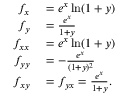
\begin{array} { r l } { f _ { x } } & { { } = e ^ { x } \ln ( 1 + y ) } \\ { f _ { y } } & { { } = { \frac { e ^ { x } } { 1 + y } } } \\ { f _ { x x } } & { { } = e ^ { x } \ln ( 1 + y ) } \\ { f _ { y y } } & { { } = - { \frac { e ^ { x } } { ( 1 + y ) ^ { 2 } } } } \\ { f _ { x y } } & { { } = f _ { y x } = { \frac { e ^ { x } } { 1 + y } } . } \end{array}